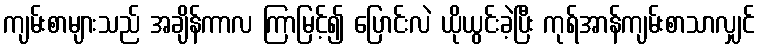
ကျမ်းစာများသည် အချိန်ကာလ ကြာမြင့်၍ ပြောင်းလဲ ယိုယွင်းခဲ့ပြီး ကုရ်အာန်ကျမ်းစာသာလျှင်